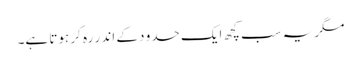
مگر یہ سب کچھ ایک حدو د کے اند ر رہ کر ہوتا ہے۔